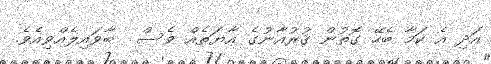
އަދި އެ ކަމާ ބެހޭ ގޮތުން ޤުރުއާނުގެ އާޔަތެއް ވެސް  ބާވައިލެއްވިއެވެ.